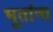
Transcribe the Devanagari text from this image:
भूतांना